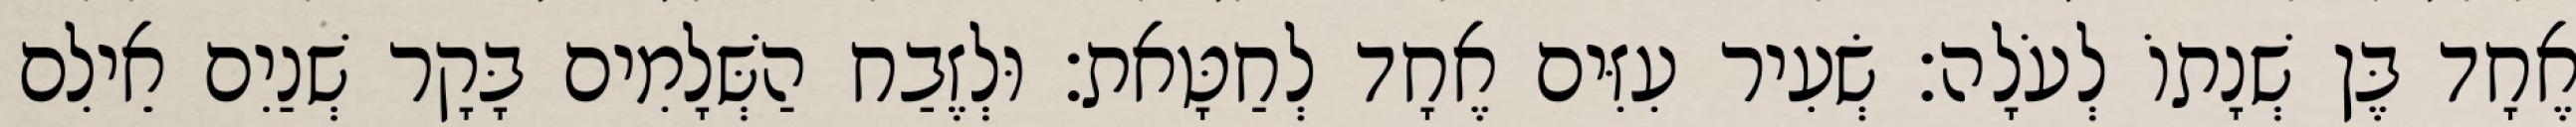
אֶחָד בֶּן שְׁנָתוֹ לְעֹלָה׃ שְׂעִיר עִזִּים אֶחָד לְחַטָּאת׃ וּלְזֶבַח הַשְּׁלָמִים בָּקָר שְׁנַיִם אֵילִם